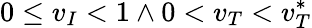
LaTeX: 0\le v_{I}<1\land 0<v_{T}<v_{T}^{*}